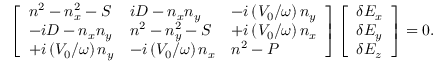
\left[ \begin{array} { l l l } { n ^ { 2 } - n _ { x } ^ { 2 } - S } & { i D - n _ { x } n _ { y } } & { - i \left( V _ { 0 } / \omega \right) n _ { y } } \\ { - i D - n _ { x } n _ { y } } & { n ^ { 2 } - n _ { y } ^ { 2 } - S } & { + i \left( V _ { 0 } / \omega \right) n _ { x } } \\ { + i \left( V _ { 0 } / \omega \right) n _ { y } } & { - i \left( V _ { 0 } / \omega \right) n _ { x } } & { n ^ { 2 } - P } \end{array} \right] \left[ \begin{array} { l } { \delta E _ { x } } \\ { \delta E _ { y } } \\ { \delta E _ { z } } \end{array} \right] = 0 .